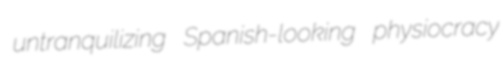
untranquilizing Spanish-looking physiocracy